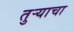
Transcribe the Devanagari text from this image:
तुऱ्याचा